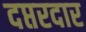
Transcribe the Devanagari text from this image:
दप्तरदार